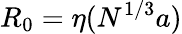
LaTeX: R_{0}=\eta(N^{1/3}a)